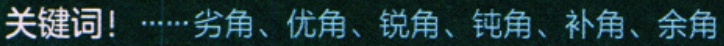
关键词！……劣角、优角、锐角、钝角、补角、余角